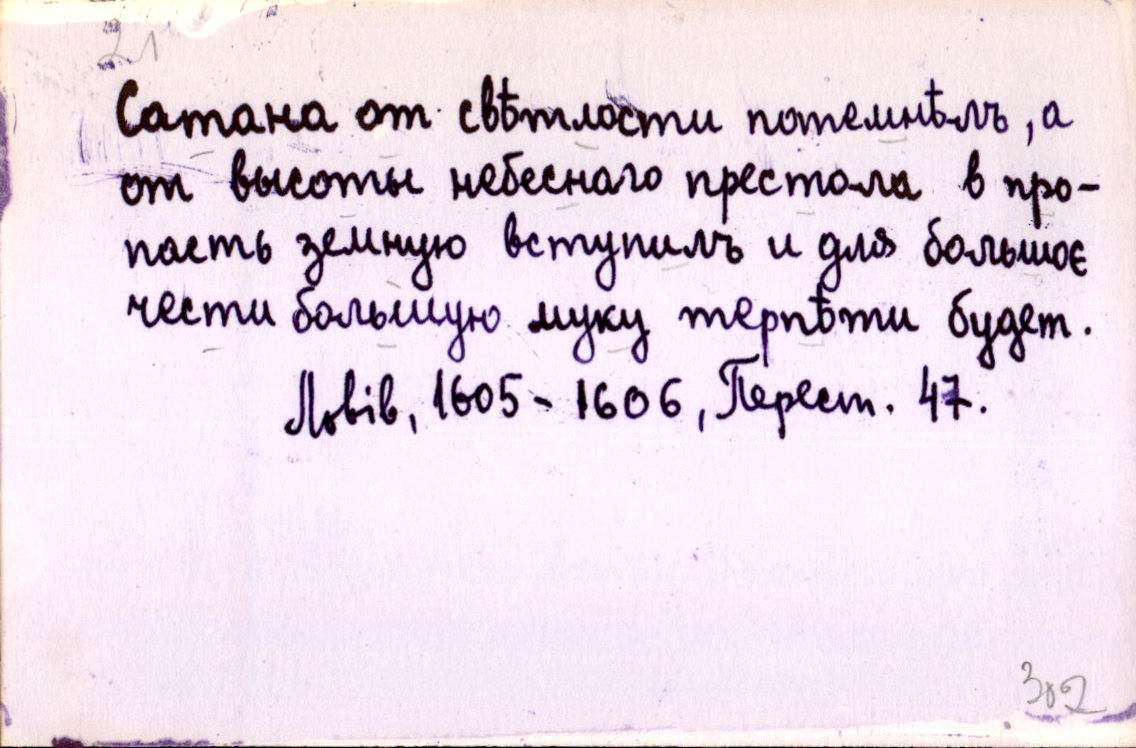
Сатана от свѣтлости потемнѣлъ, а
от высоты небеснаго престола в про-
пасть земную вступилъ и для большоє
чести большую муку терпѣти будет.
Львів, 1605-1606, Перест. 47.